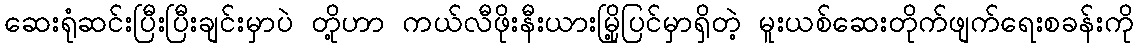
ဆေးရုံဆင်းပြီးပြီးချင်းမှာပဲ တို့ဟာ ကယ်လီဖိုးနီးယားမြို့ပြင်မှာရှိတဲ့ မူးယစ်ဆေးတိုက်ဖျက်ရေးစခန်းကို